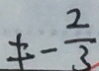
\pm - \frac { 2 } { 3 }